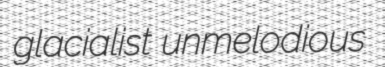
glacialist unmelodious